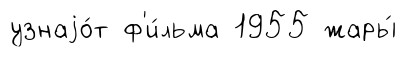
узнаjо́т ф'и́льма 1955 жары́